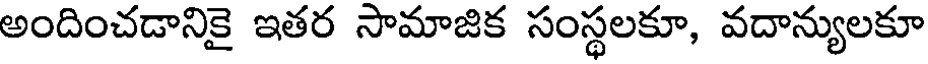
అందించడానికై ఇతర సామాజిక సంస్థలకూ, వదాన్యులకూ